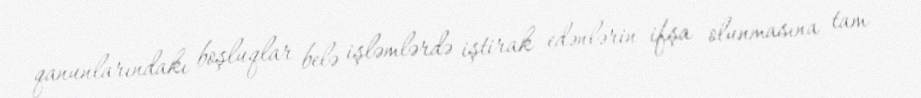
qanunlarındakı boşluqlar belə işləmlərdə iştirak edənlərin ifşa olunmasına tam